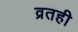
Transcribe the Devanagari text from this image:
व्रतही